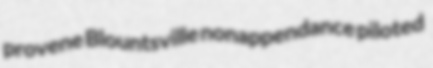
provene Blountsville nonappendance piloted